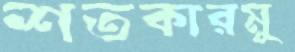
শতকারমু